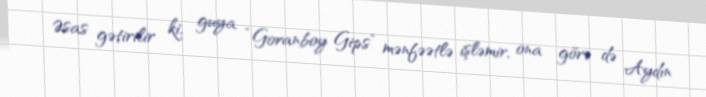
Əsas gətirilir ki, guya “Goranboy Gips” mənfəətlə işləmir, ona görə də Aydın